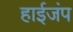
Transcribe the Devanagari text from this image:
हाईजंप